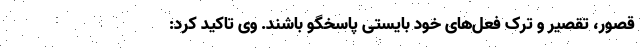
قصور، تقصیر و ترک فعل‌های خود بایستی پاسخگو باشند. وی تاکید کرد: